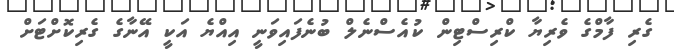
ގެރި ފާމްގެ ވެރިޔާ ކްރިސްޓިން ކުއެސްނެލް ބުނެފައިވަނީ އިއްޔެ އަކީ އޭނާގެ ގެރިކޮށްޓަށް